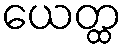
ယေတ္ထ